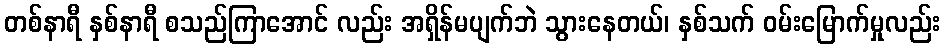
တစ်နာရီ နှစ်နာရီ စသည်ကြာအောင် လည်း အရှိန်မပျက်ဘဲ သွားနေတယ်၊ နှစ်သက် ဝမ်းမြောက်မှုလည်း